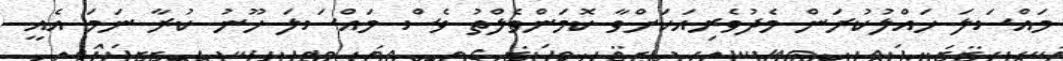
މައްސަލަ ހައްލުކުރަން މެދުވެރިއަކަށްވާ ކޮމަންވެލްތު ވެސް މައްސަލަ ހޫނު ކުރާ ނަމަ އެއީ